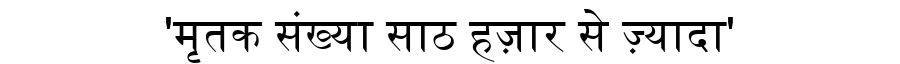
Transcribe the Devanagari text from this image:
'मृतक संख्या साठ हज़ार से ज़्यादा'